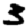
Digit: 3